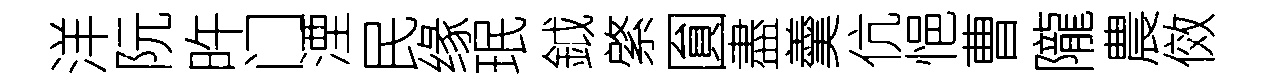
洋阮旿门湮民缘珉鉞綮圎盡羹伉悒曹隴農傚